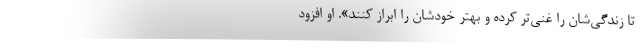
تا زندگی‌شان را غنی‌تر کرده و بهتر خودشان را ابراز کنند». او افزود